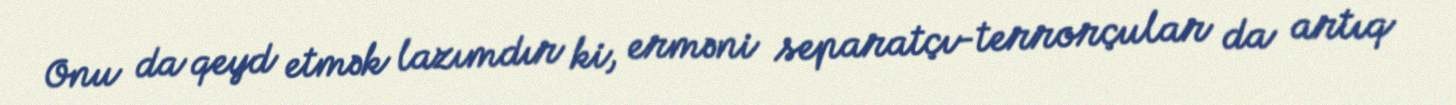
Onu da qeyd etmək lazımdır ki, erməni separatçı-terrorçular da artıq